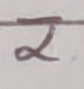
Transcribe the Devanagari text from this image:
२